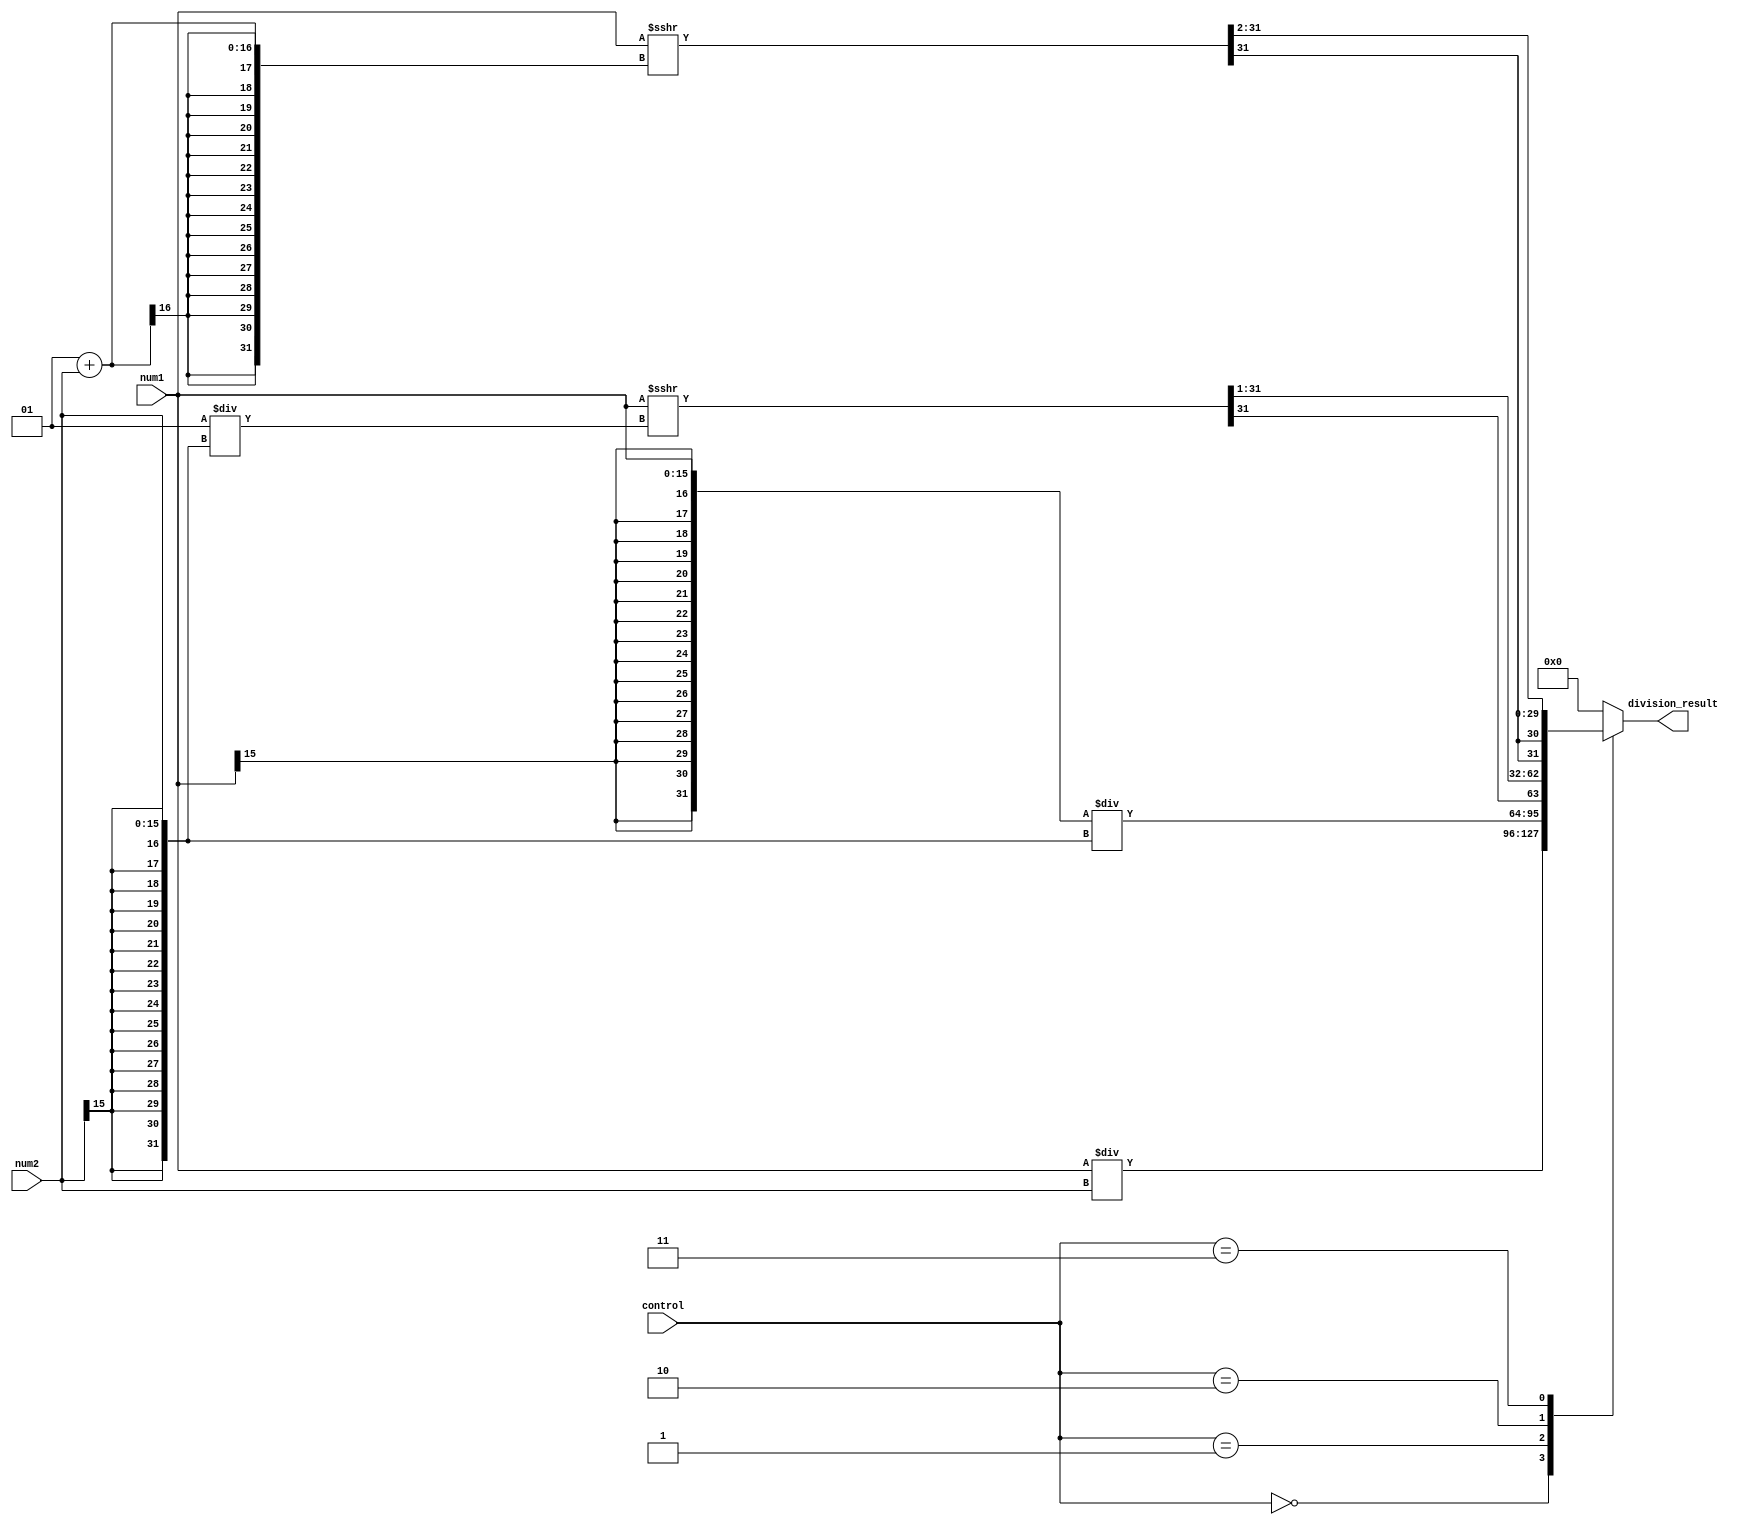
module fixed_point_divider
(
  input signed [15:0] num1,
  input signed [15:0] num2,
  input [2:0] control,
  output signed [31:0] division_result
);

reg signed [31:0] temp_result;

always @(*)
begin
  case(control)
    3'b000: temp_result = num1 / num2; // Integer division
    3'b001: temp_result = $signed(num1) / $signed(num2); // Division with rounding error
    3'b010: temp_result = $signed(num1) >>> 1 / $signed(num2) >>> 1; // Division with overflow
    3'b011: temp_result = ($signed(num1) >>> 1 + $signed(num2) >>> 1) >>> 1; // Division with rounding and overflow
    default: temp_result = 32'b0; // Default case
  endcase
end

assign division_result = temp_result;

endmodule